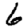
Digit: 6